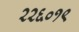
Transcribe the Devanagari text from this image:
२२६०१९